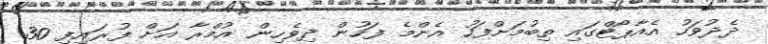
ދެދުވަހު އެއާޕޯޓްގައި ތިބުމަށްފަހު އެންމެ ފަހުން ދިވެހިން އުމްރާ އަށް ފުރައިފި 30